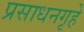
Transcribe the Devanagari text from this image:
प्रसाधनगृहे